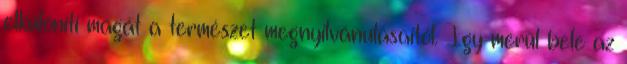
elkülöníti magát a természet megnyilvánulásaitól. Így merül bele az